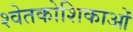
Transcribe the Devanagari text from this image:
श्वेतकोशिकाओं